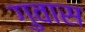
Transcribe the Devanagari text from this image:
गुवास